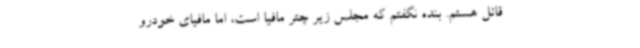
قائل هستم. بنده نگفتم که مجلس زیر چتر مافیا است، اما مافیای خودرو